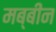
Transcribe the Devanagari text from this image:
मब्बीन